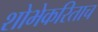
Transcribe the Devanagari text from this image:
शोभेकरिताच